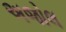
અજોલ